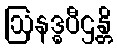
ဩနဒ္ဓပီဌန္တိ